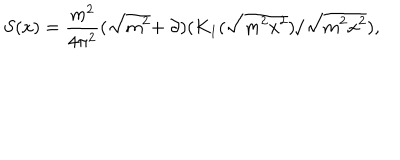
S ( x ) = \frac { m ^ { 2 } } { 4 \pi ^ { 2 } } ( \sqrt { m ^ { 2 } } + \! \not \! \partial ) ( K _ { 1 } ( \sqrt { m ^ { 2 } x ^ { 2 } } ) / \sqrt { m ^ { 2 } x ^ { 2 } } ) ,